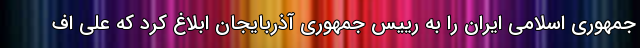
جمهوری اسلامی ایران را به رییس جمهوری آذربایجان ابلاغ کرد که علی اف